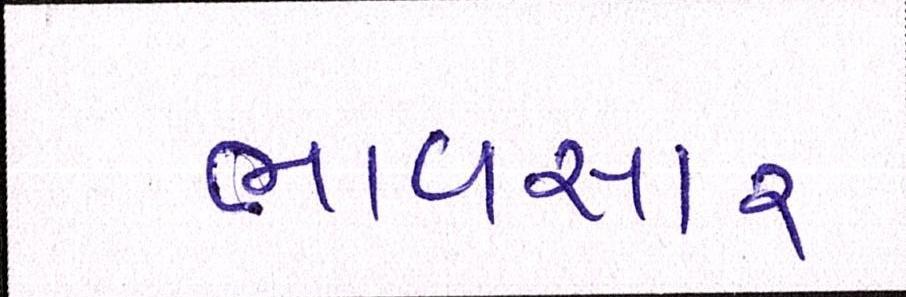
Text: ભાવસારઃ